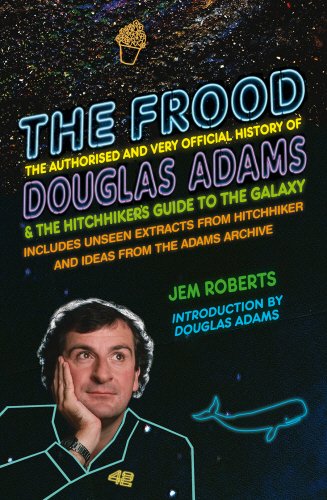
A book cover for The Frood: The Authorised and Very Official History of Douglas Adams & The HitchhikerEEs Guide to the Galaxy; Jem Roberts; Humor & Entertainment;